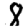
Digit: 8